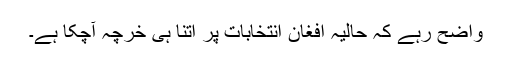
واضح رہے کہ حالیہ افغان انتخابات پر اتنا ہی خرچہ آچکا ہے۔